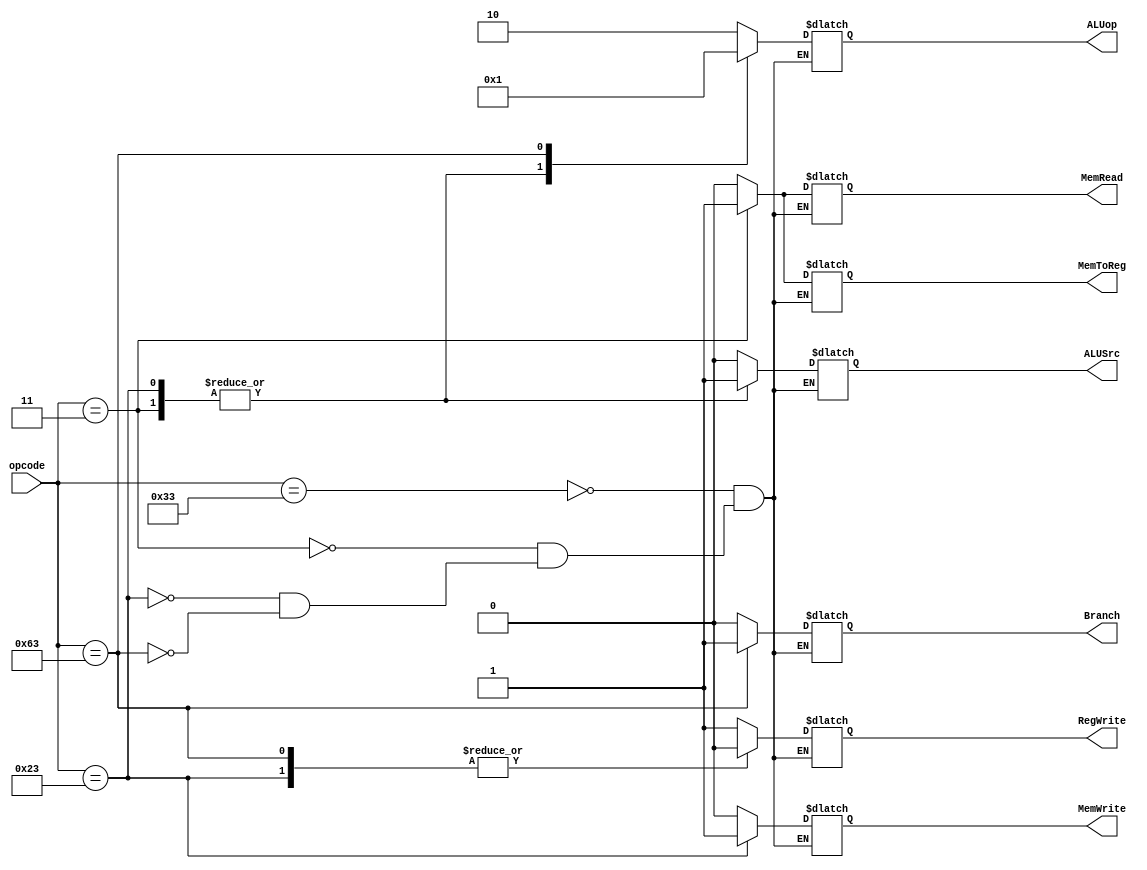
module control_unit(
input [6:0] opcode,
output reg ALUSrc, MemToReg, RegWrite, MemRead, MemWrite, Branch,
output reg [1:0] ALUop
);
always @(*)
begin
case (opcode)
7'b0110011:
begin
ALUSrc = 1'b0;
MemToReg = 1'b0;
RegWrite = 1'b1;
MemRead = 1'b0;
MemWrite = 1'b0;
Branch = 1'b0;
ALUop = 2'b10;
end
7'b0000011:
begin
ALUSrc = 1'b1;
MemToReg = 1'b1;
RegWrite= 1'b1;
MemRead = 1'b1;
MemWrite = 1'b0;
Branch = 1'b0;
ALUop = 2'b00;
end
7'b0100011:
begin
ALUSrc = 1'b1;
MemToReg = 1'bx;
RegWrite= 1'b0;
MemRead = 1'b0;
MemWrite = 1'b1;
Branch = 1'b0;
ALUop = 2'b00;
end
7'b1100011:
begin
ALUSrc = 1'b0;
MemToReg = 1'bx;
RegWrite= 1'b0;
MemRead = 1'b0;
MemWrite = 1'b0;
Branch = 1'b1;
ALUop = 2'b01;
end
endcase
end
endmodule